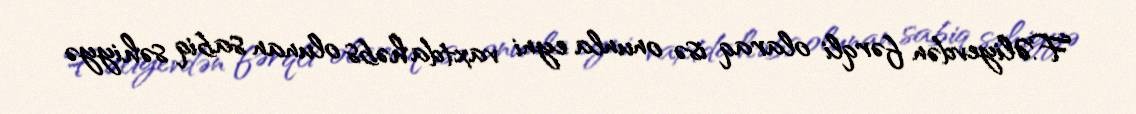
F.Əliyevdən fərqli olaraq isə onunla eyni vaxtda həbs olunan sabiq səhiyyə